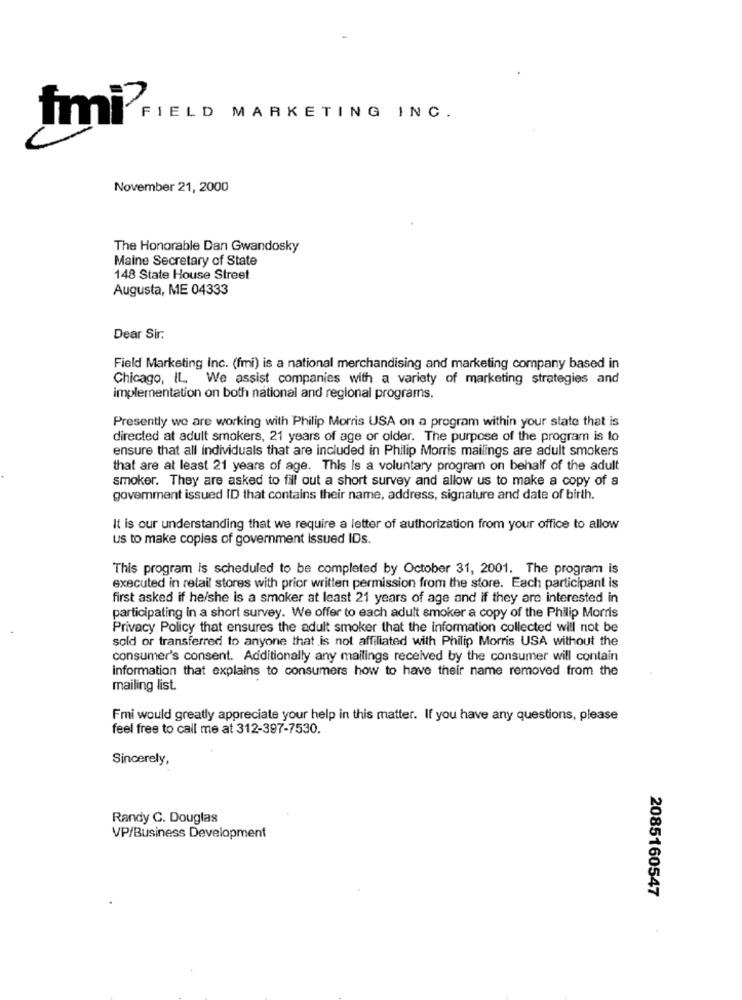
Smi FIELD MARKETING INC.
November 21, 2000
The Honorable Dan Gwandosky
Maine Secretary of State
148 State House Street
Augusta, ME 04333
Dear Sir.
Field Marketing Inc. (fmi) is a national merchandising and marketing company based in
Chicago, IL. We assist companies with a variety of marketing strategies and
implementation on both national and regional programs.
Presently we are working with Philip Morris USA on a program within your state that is
directed at adult smokers, 21 years of age or older. The purpose of the program is to
ensure that all individuals that are included in Philip Morris mailings are adult smokers
that are at least 21 years of age. This Is a voluntary program on behalf of the adult
smoker. They are asked to fill out a short survey and allow us to make a copy of a
goverment issued ID that contains their name, address, signature and date of birth.
It is our understanding that we require a letter of authorization from your office to allow
us to make copies of government issued IDs.
This program is scheduled to be completed by October 31, 2001. The program is
executed in retail stores with prior written permission from the store. Each participant is
first asked if he/she is a smoker at least 21 years of age and if they are interested in
participating in a short survey. We offer to each adult smoker a copy of the Philip Morris
Privacy Policy that ensures the adult smoker that the information collected will not be
sold or transferred to anyone that is not affiliated with Philip Morris USA without the
consumer's consent. Additionally any mailings received by the consumer will contain
information that explains to consumers how to have their name removed from the
mailing list.
Fmi would greatly appreciate your help in this matter. If you have any questions, please
feel free to call me at 312-397-7530.
Sincerely,
Randy C. Douglas
VP/Business Development
2085160547